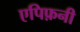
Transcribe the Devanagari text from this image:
एपिफ़नी